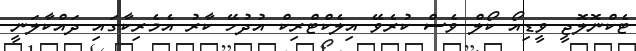
ޓެކްނޮލޮޖީ ވީޑިއޯ ކޯލް ވެސް ކުރެވޭ އިލެކްޓްރިކް އުދުހޭ ކާރު އެމެރިކާގައި ދައްކާލަނީ